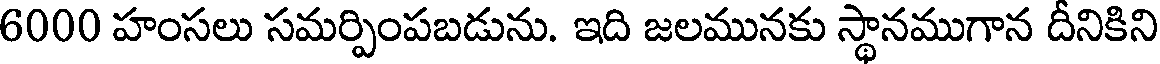
6000 హంసలు సమర్పింపబడును. ఇది జలమునకు స్థానముగాన దీనికిని